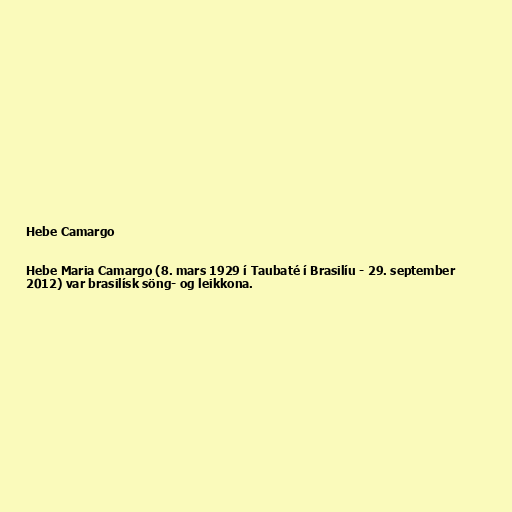
Hebe Camargo

Hebe Maria Camargo (8. mars 1929 í Taubaté í Brasilíu - 29. september
2012) var brasilísk söng- og leikkona.